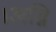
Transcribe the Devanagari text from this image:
।अग्नि